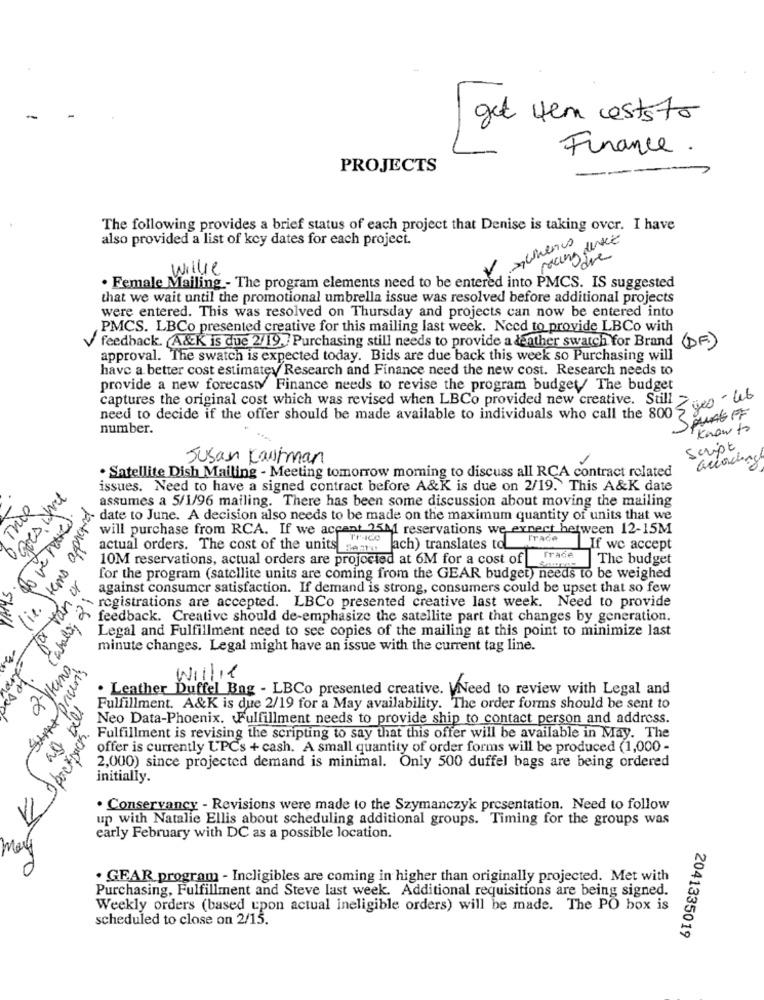
get tem eststr
Finance.
PROJECTS
-
The following provides a brief status of each project that Denise is taking over. I have
also provided a list of key dates for each project.
Willie
· Female Mailing - The program elements need to be entered into PMCS. IS suggested
med in
that we wait until the promotional umbrella issue was resolved before additional projects
were entered. This was resolved on Thursday and projects can now be entered into
PMCS. LBCo presented creative for this mailing last week. Need to provide LBCo with
Vi
feedback. A&K is due 2/19. Purchasing still needs to provide a deather swatch for Brand
(DF)
approval. The swatch is expected today. Bids are due back this week so Purchasing will
have a better cost estimatey Research and Finance need the new cost. Research needs to
provide a new forecasty Finance needs to revise the program budget/ The budget
captures the original cost which was revised when LBCo provided new creative. Still > ub
JAMALFF
need to decide if the offer should be made available to individuals who call the 800 5
number.
know to
Script
Susan Kaufman
· Satellite Dish Mailing - Meeting tomorrow morning to discuss all RCA contract related
goes what
issues. Need to have a signed contract before A&K is due on 2/19. This A&K date
assumes a 5/1/96 mailing. There has been some discussion about moving the mailing
lie. Items approved
to we looked
date to June. A decision also needs to be made on the maximum quantity of units that we
will purchase from RCA. If we accant 15M reservations we expect between 12-15M
Tr-ice
Trace
actual orders. The cost of the units sem
Sach) translates to
If we accept
10M reservations, actual orders are projected at 6M for a cost of
Trade
The budget
for the program (satellite units are coming from the GEAR budget) needs to be weighed
against consumer satisfaction. If demand is strong, consumers could be upset that so few
registrations are accepted. LBCo presented creative last week. Need to provide
feedback. Creative should de-emphasize the satellite part that changes by generation.
Shall
Legal and Fulfillment need to see copies of the mailing at this point to minimize last
minute changes. Legal might have an issue with the current tag line.
2-Vierno,
Willie
. Leather Duffel Bag - LBCo presented creative. WNeed to review with Legal and
as pell
Fulfillment. A&K is due 2/19 for a May availability. The order forms should be sent to
Neo Data-Phoenix. Fulfillment needs to provide ship to contact person and address.
I poerbach.
Fulfillment is revising the scripting to say that this offer will be available in May. The
offer is currently UPCs + cash. A small quantity of order forms will be produced (1,000 -
2,000) since projected demand is minimal. Only 500 duffel bags are being ordered
initially.
. Conservancy - Revisions were made to the Szymanczyk presentation. Need to follow
up with Natalie Ellis about scheduling additional groups. Timing for the groups was
early February with DC as a possible location.
may
. GEAR program - Incligibles are coming in higher than originally projected. Met with
Purchasing, Fulfillment and Steve last week. Additional requisitions are being signed.
Weekly orders (based upon actual ineligible orders) will be made. The PO box is
scheduled to close on 2/15.
2041335019